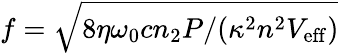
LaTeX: f=\sqrt{8\eta\omega_{0}cn_{2}P/(\kappa^{2}n^{2}V_{\mathrm{eff}})}